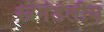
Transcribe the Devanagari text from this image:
खमंडलीय